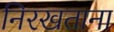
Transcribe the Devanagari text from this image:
निरखताना